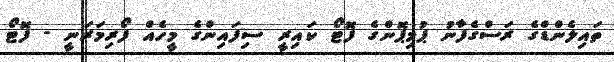
ތައިލެންޑްގެ ރަސްގެފާނު ޕުމިޕޮންގެ ފޮޓޯ ކައިރީ ސިފައިންގެ މީހެއް ފޯރިމަރަނީ - ފޮޓޯ